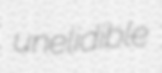
unelidible